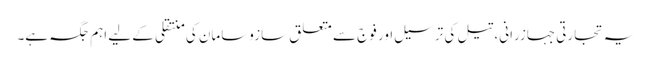
یہ تجارتی جہازرانی، تیل کی ترسیل اور فوج سے متعلق سازوسامان کی منتقلی کے لیے اہم جگہ ہے۔